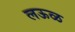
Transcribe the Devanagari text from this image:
लऊळ